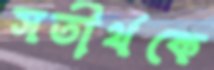
সতীর্থকে